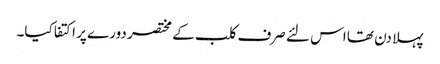
پہلا دن تھا اس لئے صرف کلب کے مختصر دورے پر اکتفا کیا۔